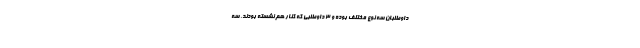
داوطلبان سه نوع مختلف بوده و ۳ داوطلبی که کنار هم نشسته‌ بودند، سه